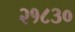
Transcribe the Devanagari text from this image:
२१८३०